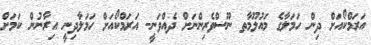
އަރަމްކޯއަށް ދިން ހަމަލާގެ މައުލޫމާތ ނޫސްވެރިންނަށް ދެއްވަނީ- އަރަމްކޯއަށް ހަމަލާދިނީ އިރާނުން ކަމަށް